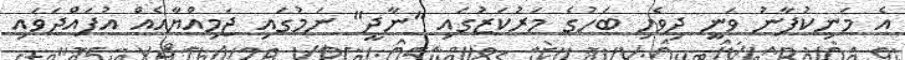
އެ މަނިކުފާނު ވަނީ ދިވެހި ބަހުގެ މަރުކަޒުގައި "ނާދީ" ނަމުގައި ޖަމިއްޔާއެއް އުފައްދަވައި